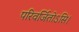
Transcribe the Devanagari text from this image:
परिवर्जितोऽसि।